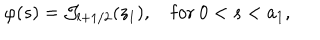
\varphi ( s ) = { \cal J } _ { l + 1 / 2 } ( z _ { 1 } ) , \quad \mathrm { f o r } \ 0 < s < a _ { 1 } ,